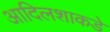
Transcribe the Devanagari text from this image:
आदिलशाकडे